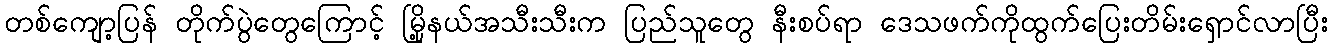
တစ်ကျော့ပြန် တိုက်ပွဲတွေကြောင့် မြို့နယ်အသီးသီးက ပြည်သူတွေ နီးစပ်ရာ ဒေသဖက်ကိုထွက်ပြေးတိမ်းရှောင်လာပြီး